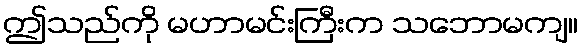
ဤသည်ကို မဟာမင်းကြီးက သဘောမကျ။